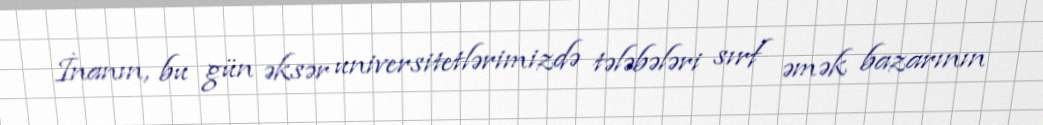
İnanın, bu gün əksər universitetlərimizdə tələbələri sırf əmək bazarının